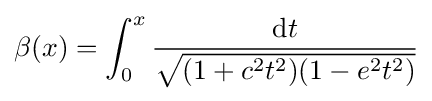
\beta (x)=\int _{0}^{x}{\frac {\mathrm {d} t}{\sqrt {(1+c^{2}t^{2})(1-e^{2}t^{2})}}}